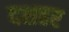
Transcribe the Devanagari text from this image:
दशहर